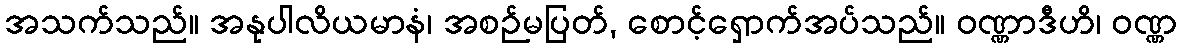
အသက်သည်။ အနုပါလိယမာနံ၊ အစဉ်မပြတ်, စောင့်ရှောက်အပ်သည်။ ဝဏ္ဏာဒီဟိ၊ ဝဏ္ဏ